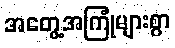
အတွေ့အကြုံများစွာ